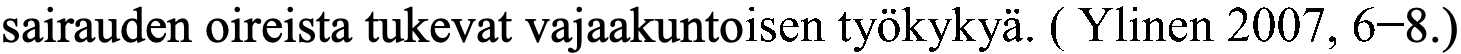
sairauden oireista tukevat vajaakuntoisen työkykyä. ( Ylinen 2007, 6−8.)